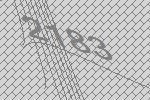
2183